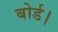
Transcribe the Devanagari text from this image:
बोर्ड।